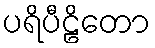
ပရိပီဠိတော